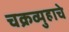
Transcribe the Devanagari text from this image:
चक्रव्युहाचे